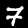
Label: 7